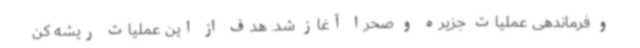
و فرماندهی عملیات جزیره و صحرا آغاز شد. هدف از این عملیات ریشه کن